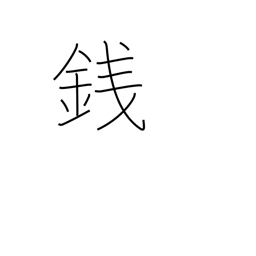
Meaning: coin